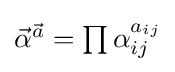
{\textstyle {\vec {\alpha }}^{\vec {a}}=\prod \alpha _{ij}^{a_{ij}}}